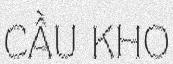
CẦU KHO